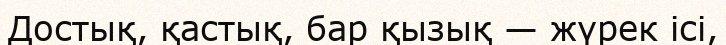
Достық, қастық, бар қызық — жүрек ісі,